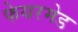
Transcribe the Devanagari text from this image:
फेयरमेड